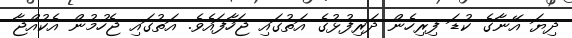
ދިޔަ އޭނާގެ ކުޑަ ފިރިހެން ދަރިފުޅުގެ އަތުގައި ޖަހާފައެވެ. އަތުގައި ޖެހުމުން އެކުއްޖާ